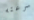
سرعته